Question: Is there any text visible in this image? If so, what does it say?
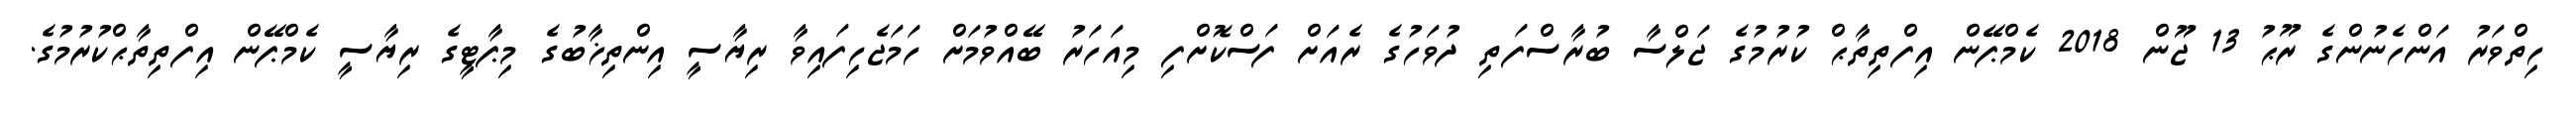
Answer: ހިތްވަރު އަންހެނުންގެ ރޫޙު 13 ޖޫން 2018 ކެމްޕޭން އިފްތިތާޙް ކުރުމުގެ ޖަލްސާ ބުރާސްފަތި ދުވަހުގެ ރެއަށް ފަސްކޮށްފި މިއަހަރު ބޭއްވުމަށް ހަމަޖެހިފައިވާ ރިޔާސީ އިންތިޚާބުގެ މިޕާޓީގެ ރިޔާސީ ކެމްޕޭން އިފްތިތާޙްކުރުމުގެ.